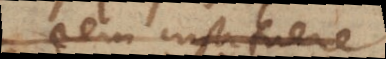
rem instituere